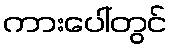
ကားပေါ်တွင်